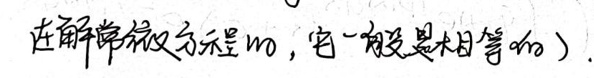
在解常微分方程时，它一般是未知的.